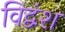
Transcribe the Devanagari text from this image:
विद्वंश